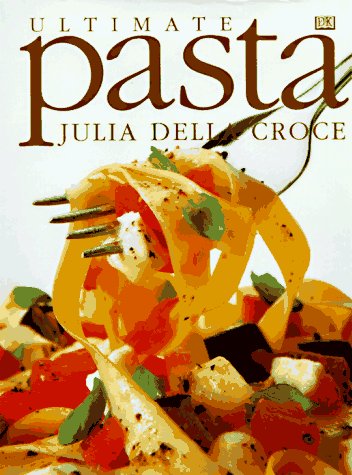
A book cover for Ultimate Pasta; Julia Della Croce; Cookbooks, Food & Wine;